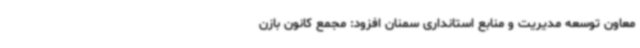
معاون توسعه مدیریت و منابع استانداری سمنان افزود: مجمع کانون بازن